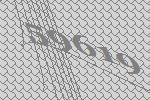
59619